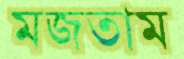
মজতাম